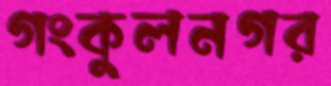
গংকুলনগর